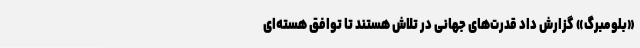
«بلومبرگ» گزارش داد قدرت‌های جهانی در تلاش هستند تا توافق هسته‌ای